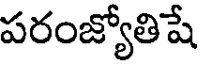
పరంజ్యోతిషే